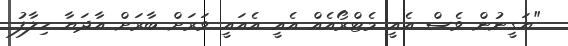
"ޔަގީނުން ވެސް އެއީ މެޓްރޯއެއް އެއީ އެއައީ ވަރަށް ބާރަށް އާދަޔާ ހިލާފު